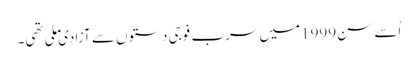
اُسے سن1999میں سرب فوجی دستوں سے آزادی ملی تھی۔